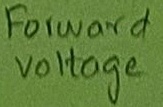
Text: Forward Voltage